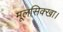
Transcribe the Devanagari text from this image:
मूलसिक्खा।